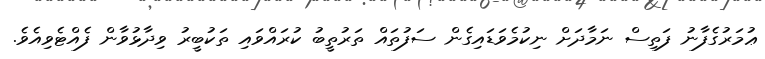
ޢުމަރުގެފާނު ފަތިސް ނަމާދަށް ނިކުމެވަޑައިގެން ސަފުތައް ތަރުތީބު ކުރައްވައި ތަކުބީރު ވިދާޅުވާން ފެއްޓެވިއެވެ.